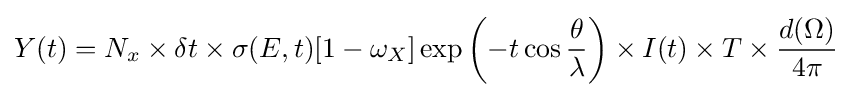
Y(t)=N_{x}\times \delta t\times \sigma (E,t)[1-\omega _{X}]\exp \left(-t\cos {\frac {\theta }{\lambda }}\right)\times I(t)\times T\times {\frac {d(\Omega )}{4\pi }}